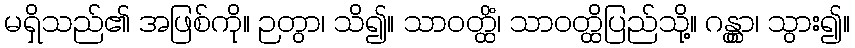
မရှိသည်၏ အဖြစ်ကို။ ဉတွာ၊ သိ၍။ သာဝတ္ထိံ၊ သာဝတ္ထိပြည်သို့။ ဂန္တွာ၊ သွား၍။